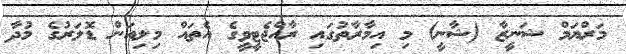
މަރްޔަމް ޝަނީޒާ (ޝާނީ) މި އިމާރާތުގައި ރާއްޖެޓީވީގެ އެތައް މިލިއަން ޑޮލަރުގެ މުދާ